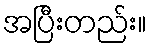
အပြီးတည်း။